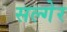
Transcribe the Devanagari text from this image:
सल्गेर